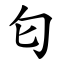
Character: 匂